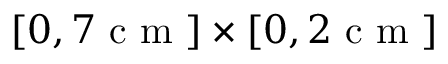
[ 0 , 7 \mathrm { ~ c ~ m ~ } ] \times [ 0 , 2 \mathrm { ~ c ~ m ~ } ]